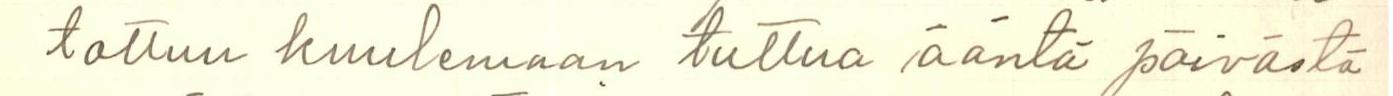
tottuu kuulemaan tuttua ääntä päivästä